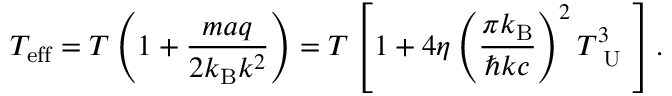
T _ { \mathrm { e f f } } = T \left( 1 + \frac { m a q } { 2 k _ { \mathrm { B } } k ^ { 2 } } \right) = T \left[ 1 + 4 \eta \left( \frac { \pi k _ { \mathrm { B } } } { \hbar k c } \right) ^ { 2 } T _ { \mathrm { ~ U ~ } } ^ { 3 } \right] .